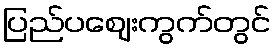
ပြည်ပဈေးကွက်တွင်